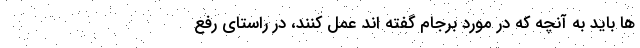
ها باید به آنچه که در مورد برجام گفته اند عمل کنند، در راستای رفع